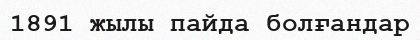
1891 жылы пайда болғандар